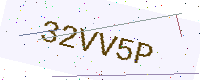
Text: 32VV5P